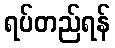
ရပ်တည်ရန်